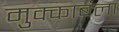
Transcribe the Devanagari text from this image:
मुक्काबला